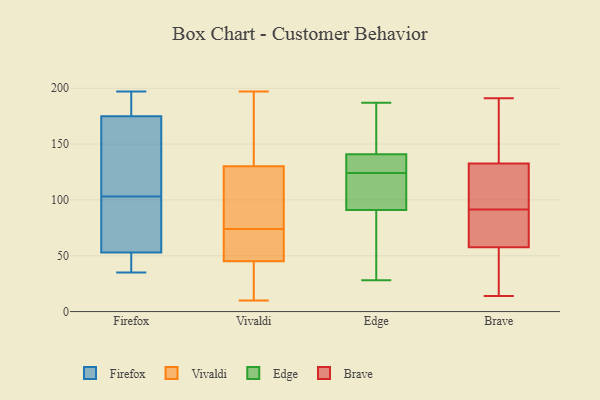
{"axis": {"x": "Budget (USD K)", "y": "Value"}, "legend": ["Brave", "Edge", "Firefox", "Vivaldi"], "data": [{"x": "", "y": 103, "type": "Firefox"}, {"x": "", "y": 176, "type": "Firefox"}, {"x": "", "y": 197, "type": "Firefox"}, {"x": "", "y": 58, "type": "Firefox"}, {"x": "", "y": 172, "type": "Firefox"}, {"x": "", "y": 39, "type": "Firefox"}, {"x": "", "y": 124, "type": "Firefox"}, {"x": "", "y": 53, "type": "Firefox"}, {"x": "", "y": 53, "type": "Firefox"}, {"x": "", "y": 35, "type": "Firefox"}, {"x": "", "y": 167, "type": "Firefox"}, {"x": "", "y": 195, "type": "Firefox"}, {"x": "", "y": 184, "type": "Firefox"}, {"x": "", "y": 109, "type": "Firefox"}, {"x": "", "y": 73, "type": "Firefox"}, {"x": "", "y": 52, "type": "Firefox"}, {"x": "", "y": 46, "type": "Firefox"}, {"x": "", "y": 91, "type": "Firefox"}, {"x": "", "y": 185, "type": "Firefox"}, {"x": "", "y": 45, "type": "Vivaldi"}, {"x": "", "y": 100, "type": "Vivaldi"}, {"x": "", "y": 50, "type": "Vivaldi"}, {"x": "", "y": 45, "type": "Vivaldi"}, {"x": "", "y": 74, "type": "Vivaldi"}, {"x": "", "y": 119, "type": "Vivaldi"}, {"x": "", "y": 55, "type": "Vivaldi"}, {"x": "", "y": 188, "type": "Vivaldi"}, {"x": "", "y": 86, "type": "Vivaldi"}, {"x": "", "y": 69, "type": "Vivaldi"}, {"x": "", "y": 14, "type": "Vivaldi"}, {"x": "", "y": 10, "type": "Vivaldi"}, {"x": "", "y": 30, "type": "Vivaldi"}, {"x": "", "y": 160, "type": "Vivaldi"}, {"x": "", "y": 134, "type": "Vivaldi"}, {"x": "", "y": 168, "type": "Vivaldi"}, {"x": "", "y": 33, "type": "Vivaldi"}, {"x": "", "y": 97, "type": "Vivaldi"}, {"x": "", "y": 197, "type": "Vivaldi"}, {"x": "", "y": 90, "type": "Edge"}, {"x": "", "y": 28, "type": "Edge"}, {"x": "", "y": 124, "type": "Edge"}, {"x": "", "y": 124, "type": "Edge"}, {"x": "", "y": 187, "type": "Edge"}, {"x": "", "y": 136, "type": "Edge"}, {"x": "", "y": 138, "type": "Edge"}, {"x": "", "y": 175, "type": "Edge"}, {"x": "", "y": 94, "type": "Edge"}, {"x": "", "y": 142, "type": "Edge"}, {"x": "", "y": 66, "type": "Edge"}, {"x": "", "y": 135, "type": "Brave"}, {"x": "", "y": 153, "type": "Brave"}, {"x": "", "y": 122, "type": "Brave"}, {"x": "", "y": 57, "type": "Brave"}, {"x": "", "y": 83, "type": "Brave"}, {"x": "", "y": 170, "type": "Brave"}, {"x": "", "y": 96, "type": "Brave"}, {"x": "", "y": 34, "type": "Brave"}, {"x": "", "y": 28, "type": "Brave"}, {"x": "", "y": 14, "type": "Brave"}, {"x": "", "y": 121, "type": "Brave"}, {"x": "", "y": 191, "type": "Brave"}, {"x": "", "y": 75, "type": "Brave"}, {"x": "", "y": 130, "type": "Brave"}, {"x": "", "y": 187, "type": "Brave"}, {"x": "", "y": 58, "type": "Brave"}, {"x": "", "y": 111, "type": "Brave"}, {"x": "", "y": 87, "type": "Brave"}, {"x": "", "y": 77, "type": "Brave"}, {"x": "", "y": 41, "type": "Brave"}]}